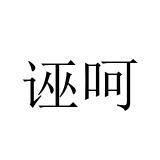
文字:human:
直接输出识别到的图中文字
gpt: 诬呵